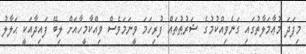
މިފަދަ މުޢާމަލާތުގައި ގަނެވިއްކުމުގެ ޝަރުޠުތައް ފުރިހަމަ ވީނަމަވެސް ވިއްކާމީހާއަށް ލިބޭ ފައިދާއަކީ ޙަލާލު